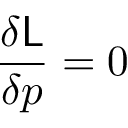
\frac { \delta \mathsf { L } } { \delta p } = 0